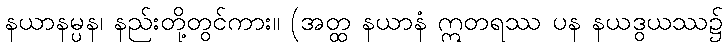
နယာနမ္ပန၊ နည်းတို့တွင်ကား။ (အတ္ထ နယာနံ ဣတရဿ ပန နယဒွယဿ၌